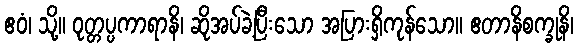
ဧဝံ၊ သို့။ ဝုတ္တပ္ပကာရာနိ၊ ဆိုအပ်ခဲ့ပြီးသော အပြားရှိကုန်သော။ ဧတာနိစက္ခုနိ၊